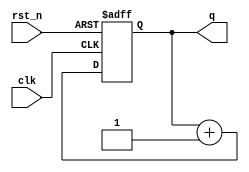
`timescale 1ns / 1ps
//////////////////////////////////////////////////////////////////////////////////
// Company: 
// Engineer: 
// 
// Design Name: 
// Module Name: prelab3_1
// Project Name: 
// Target Devices: 
// Tool Versions: 
// Description: 
// 
// Dependencies: 
// 
// Revision:
// Revision 0.01 - File Created
// Additional Comments:
// 
//////////////////////////////////////////////////////////////////////////////////


module prelab3_1(q, clk, rst_n);
    output [3:0] q;
    input clk;
    input rst_n;
    
    reg  [3:0] q;
    
    always@(posedge clk or negedge rst_n)
    if(~rst_n) q<= 4'd0;
    else q <= q+1;
    
endmodule